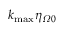
{ { k } _ { \operatorname* { m a x } } } { { \eta } _ { \varOmega 0 } }